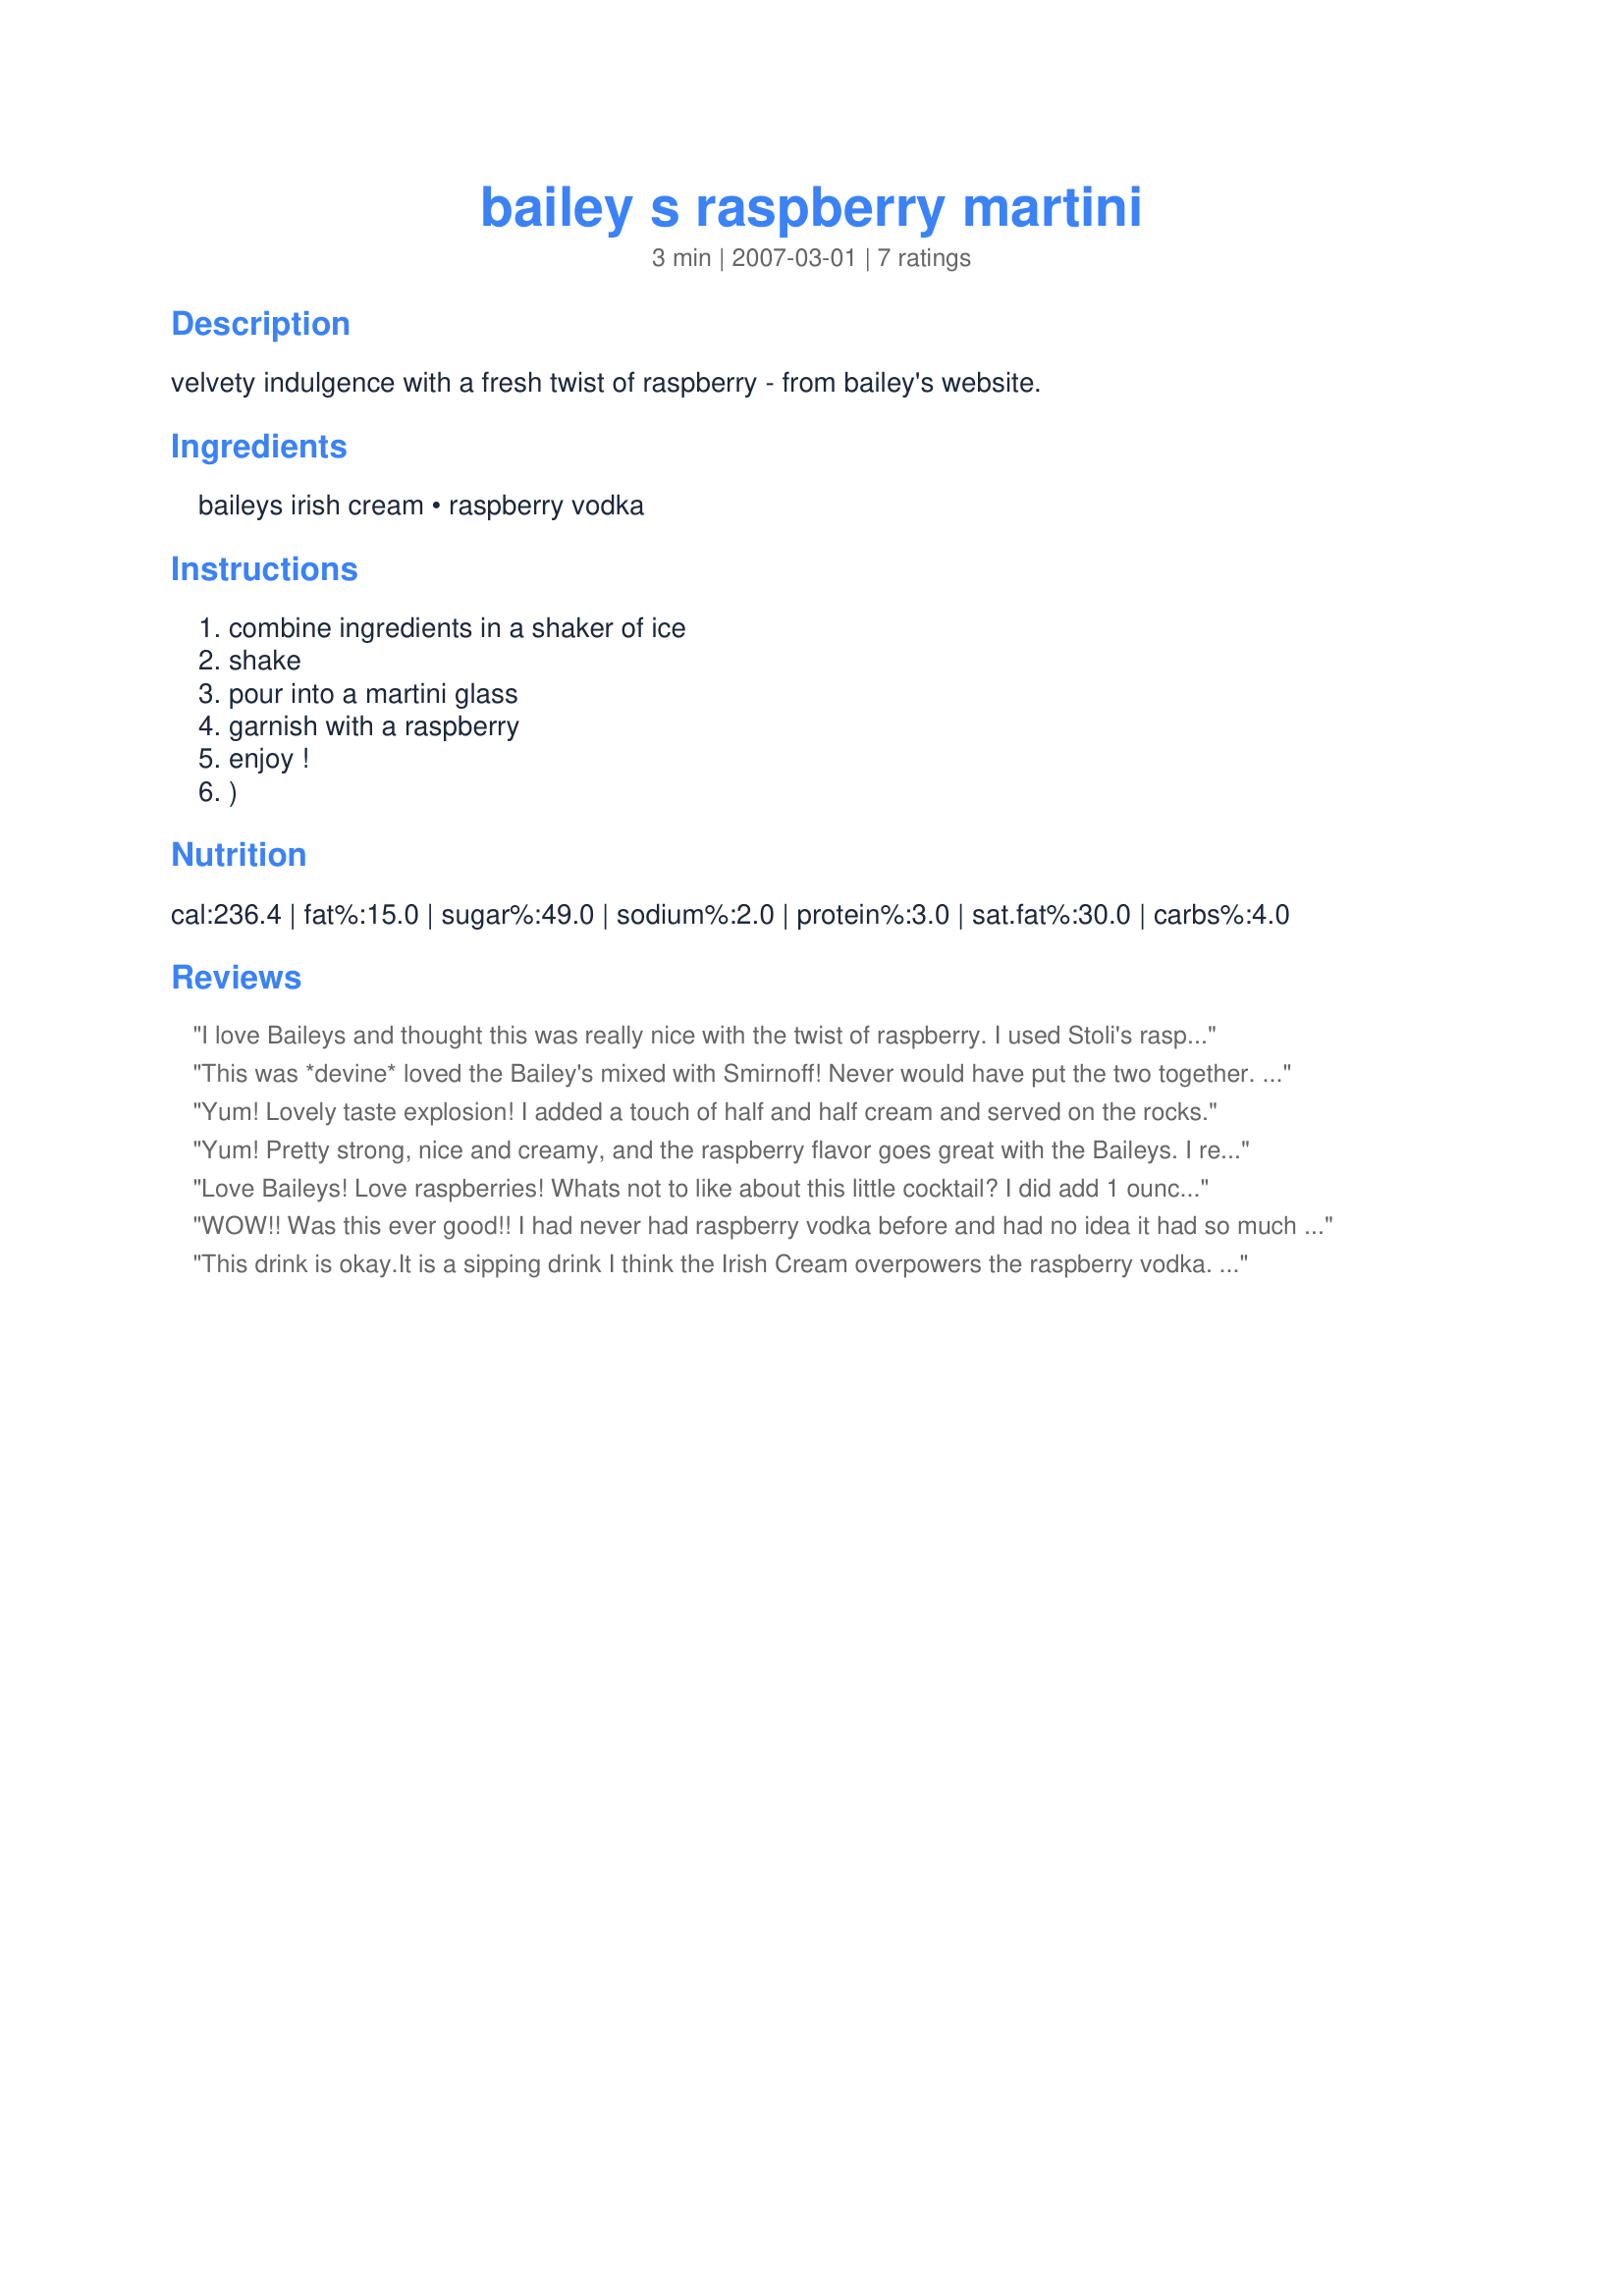
bailey s raspberry martini
Preparation time: 3 minutes

velvety indulgence with a fresh twist of raspberry - from bailey's website.

Ingredients:
baileys irish cream, raspberry vodka

Steps:
combine ingredients in a shaker of ice
shake
pour into a martini glass
garnish with a raspberry
enjoy !
)

Reviews:
I love Baileys and thought this was really nice with the twist of raspberry. I used Stoli's raspberry vodka. Thanks!
This was *devine* loved the Bailey's mixed with Smirnoff! Never would have put the two together. This is a quick to make drink and quick to dissappear. Thanks for another *Keeper* MommyD Cheers ~V
Yum! Lovely taste explosion! I added a touch of half and half cream and served on the rocks.
Yum! Pretty strong, nice and creamy, and the raspberry flavor goes great with the Baileys. I really enjoyed this drink!
Love Baileys! Love raspberries! Whats not to like about this little cocktail? I did add 1 ounce of the raspberry vodka to get more raspberry taste. I also garnished with fresh raspberries and let me say those covered with the Baileys ain't half bad either :) Mommy Diva, another hit from you!! Thanks!
WOW!! Was this ever good!! I had never had raspberry vodka before and had no idea it had so much FLAVOR! Too cool!!! I used "Absolut Raspberri" and it was TDF!!! Thank you very, very much!! I really enjoyed this!! :)
This drink is okay.It is a sipping drink I think the Irish Cream overpowers the raspberry vodka. I really couldn't taste the vodka. I also used a fell ounce of the vodka and a slight amount of Half-and-Half. I think if I were to make it again, I would mix equal amounts of the ingredients. Thanks for sharing your recipe. Made for the Feb Bevy Tag Game.
